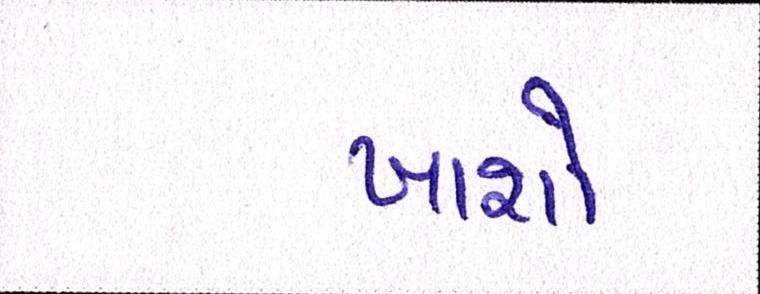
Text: ખાશો